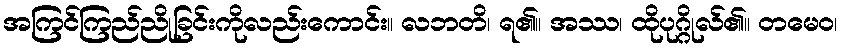
အကြင်ကြည်ညိုခြင်းကိုလည်းကောင်း။ လဘတိ၊ ရ၏။ အဿ၊ ထိုပုဂ္ဂိုလ်၏။ တမေဝ၊